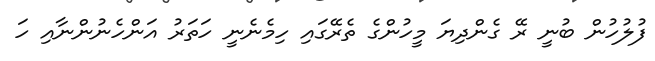
ފުލުހުން ބުނީ ރޭ ގެންދިޔަ މީހުންގެ ތެރޭގައި ހިމެނެނީ ހަތަރު އަންހެނުންނާއި ހަ